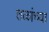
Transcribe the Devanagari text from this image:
तळांच्या